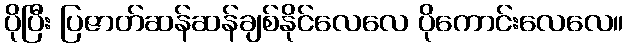
ပိုပြီး ပြဇာတ်ဆန်ဆန်ချစ်နိုင်လေလေ ပိုကောင်းလေလေ။